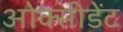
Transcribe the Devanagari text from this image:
ओक्सीडेंट